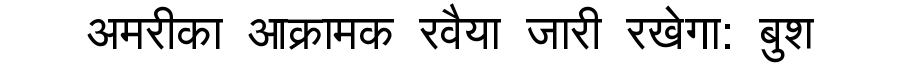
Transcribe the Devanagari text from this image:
अमरीका आक्रामक रवैया जारी रखेगा: बुश